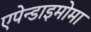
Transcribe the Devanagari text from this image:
एपेन्डाइमोमा